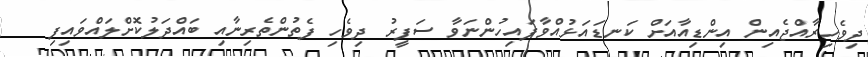
ދިވެހިރާއްޖެއިން އިންޑިއާއަށް ކަނޑައަޅުއްވާފައިހުންނަވާ ސަފީރު ދިވެހި ފެތުންތެރިނާއި ބައްދަލުކޮށްލައްވައިފި